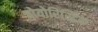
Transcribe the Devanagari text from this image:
वोयोरिस्टिक